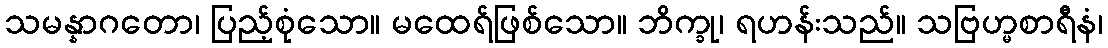
သမန္နာဂတော၊ ပြည့်စုံသော။ မထေရ်ဖြစ်သော။ ဘိက္ခု၊ ရဟန်းသည်။ သဗြဟ္မစာရီနံ၊